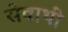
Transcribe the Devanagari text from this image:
सेवाथीं